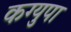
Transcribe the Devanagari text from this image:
कग्युपा